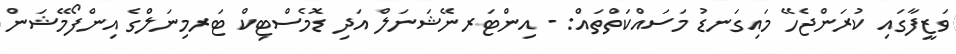
ވަޒީފާގައި ކުރަންޖެހޭ މައިގަނޑު މަސައްކަތްތައް: - އިންޓަރނޭޝަނަލް އަދި ޑޮމެސްޓިކް ޓަރމިނަލްގެ އިންފޯމޭޝަން